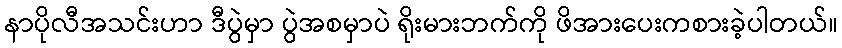
နာပိုလီအသင်းဟာ ဒီပွဲမှာ ပွဲအစမှာပဲ ရိုးမားဘက်ကို ဖိအားပေးကစားခဲ့ပါတယ်။